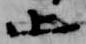
止